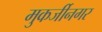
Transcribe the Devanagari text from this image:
मुकर्जीनगर